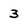
Character: 3